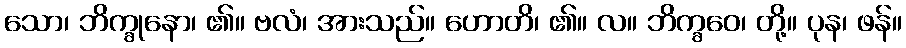
သော၊ ဘိက္ခုနော၊ ၏။ ဗလံ၊ အားသည်။ ဟောတိ၊ ၏။ လ။ ဘိက္ခဝေ၊ တို့။ ပုန၊ ဖန်။